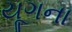
યૂગના